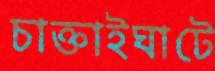
চাক্তাইঘাটে